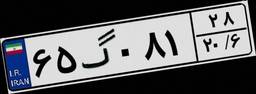
۶۵گ۰۸۱۲۸